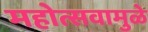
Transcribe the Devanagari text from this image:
महोत्सवामुळे